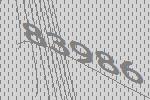
83986